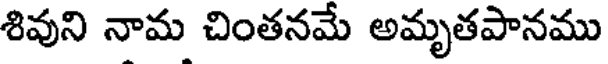
శివుని నామ చింతనమే అమృతపానము